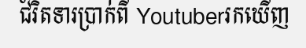
ជំរិតទារប្រាក់ពី Youtuberរកឃើញ